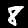
Digit: 8